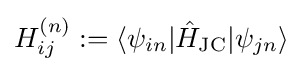
{H}_{ij}^{(n)}:=\langle \psi _{in}|{\hat {H}}_{\text{JC}}|\psi _{jn}\rangle